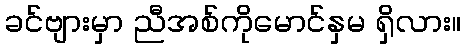
ခင်ဗျားမှာ ညီအစ်ကိုမောင်နှမ ရှိလား။